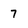
Character: 7